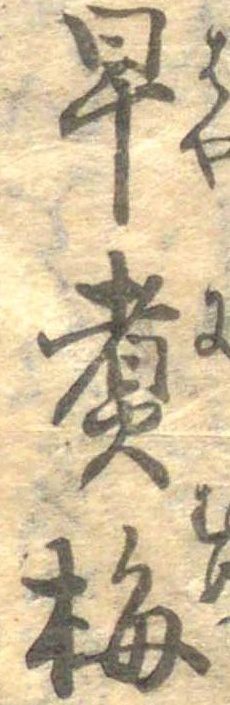
早煮梅